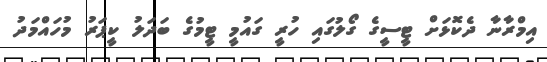
އިމްރާނާ ދެކޮޅަށް ޓީސީގެ ގޯލުގައި ހުރީ ގައުމީ ޓީމުގެ ބަދަލު ކީޕަރު މުހައްމަދު